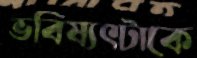
ভবিষ্যৎটাকে